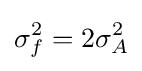
\sigma _{f}^{2}=2\sigma _{A}^{2}